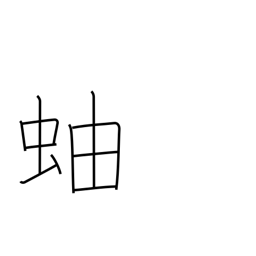
Meaning: millipede